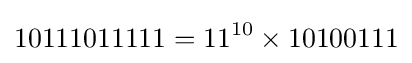
10111011111=11^{10}\times 10100111